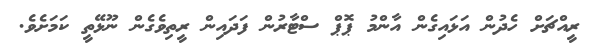
ރީއްޗަށް ހެދުން އަޅައިގެން އާންމު ޕޮޕް ސްޓާރުން ފަދައިން ރީތިވެގެން ނޫޅޭތީ ކަމަށެވެ.